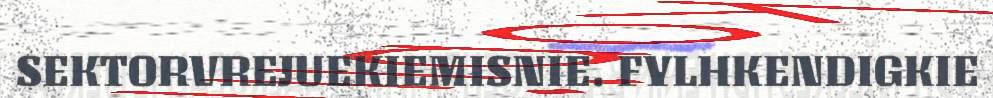
SEKTORVREJUEKIEMISNIE. FYLHKENDIGKIE